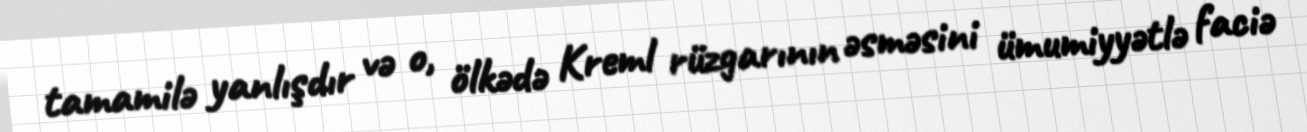
tamamilə yanlışdır və o, ölkədə Kreml rüzgarının əsməsini ümumiyyətlə faciə